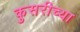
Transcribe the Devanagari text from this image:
कुसरीच्या